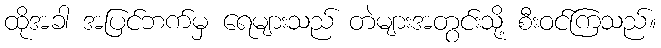
ထိုအခါ အပြင်ဘက်မှ ရေများသည် တဲများအတွင်းသို့ စီးဝင်ကြသည်။